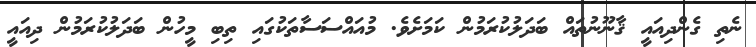
ނެތި ގެންދިއައީ ޤާނޫނުތައް ބަދަލުކުރަމުން ކަމަށެވެ. މުއައްސަސާތަކުގައި ތިބި މީހުން ބަދަލުކުރަމުން ދިއައީ